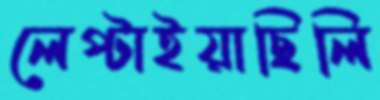
লেপ্‌টাইয়াছিলি